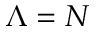
\Lambda = N